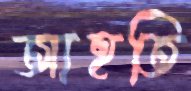
আহতি